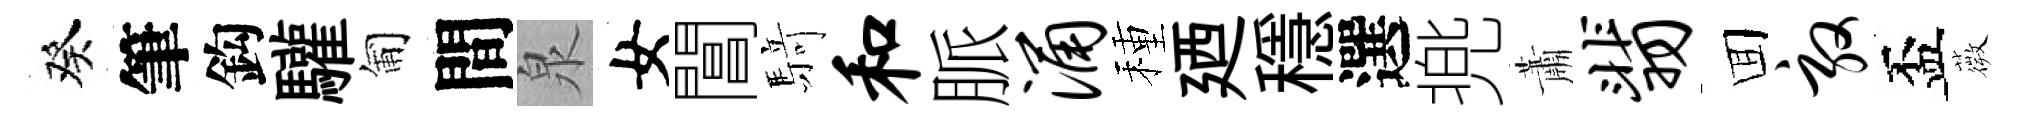
癸筆鈎驩匍間泉女閶𮪍和脈涌種廼穩選兠蕭翡囬敦盃薇